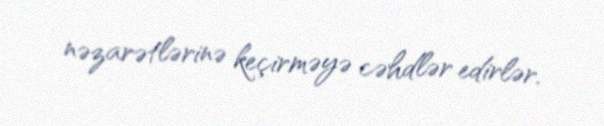
nəzarətlərinə keçirməyə cəhdlər edirlər.